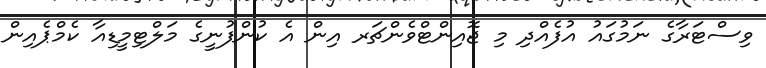
ވިސްޓަރާގެ ނަމުގައު އުފެއްދި މި ޖޮއިންޓްވެންޗަރ އިން އެ ކުންފުނީގެ މަލްޓިމީޑިއާ ކެމްޕެއިން